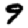
Digit: 9